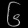
Digit: ၆